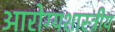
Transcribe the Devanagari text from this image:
आरोग्यशास्त्रीय